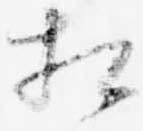
相